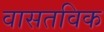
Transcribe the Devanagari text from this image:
वासतविक